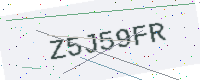
Text: Z5J59FR